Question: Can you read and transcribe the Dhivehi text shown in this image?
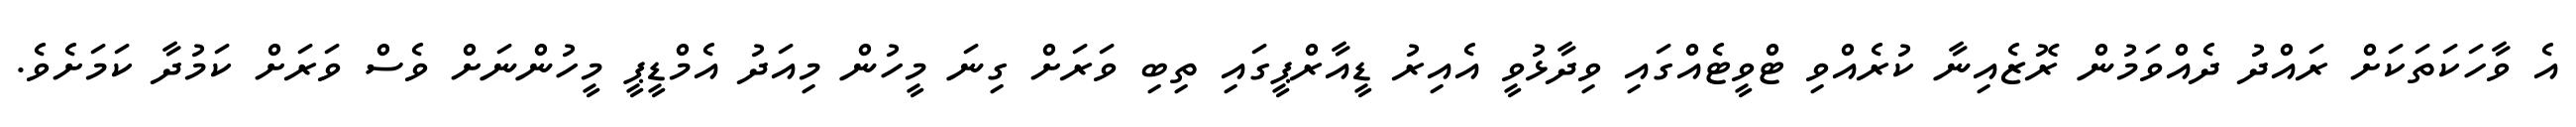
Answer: އެ ވާހަކަތަކަށް ރައްދު ދެއްވަމުން ރޮޒެއިނާ ކުރެއްވި ޓްވީޓެއްގައި ވިދާޅުވީ އެއިރު ޑީއާރްޕީގައި ތިބި ވަރަށް ގިނަ މީހުން މިއަދު އެމްޑީޕީ މީހުންނަށް ވެސް ވަރަށް ކަމުދާ ކަމަށެވެ.